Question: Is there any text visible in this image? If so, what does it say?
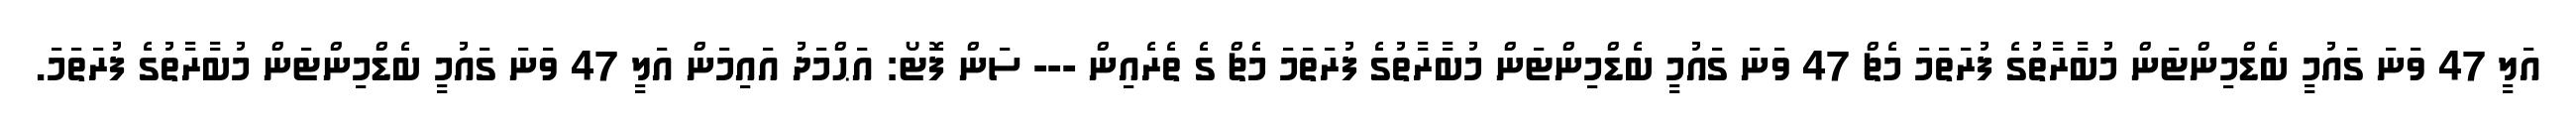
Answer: އަލީ 47 ވަނަ ގައުމީ ބެޑްމިންޓަން މުބާރާތުގެ ފުރަތަމަ މެޗް 47 ވަނަ ގައުމީ ބެޑްމިންޓަން މުބާރާތުގެ ފުރަތަމަ މެޗް ގެ ތެރެއިން --- ސަން ފޮޓޯ: އަޙްމަދު އައިމަން އަލީ 47 ވަނަ ގައުމީ ބެޑްމިންޓަން މުބާރާތުގެ ފުރަތަމަ.